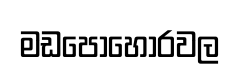
මඩපොහොරවල